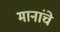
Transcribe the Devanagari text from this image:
मानांचे